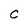
Character: C